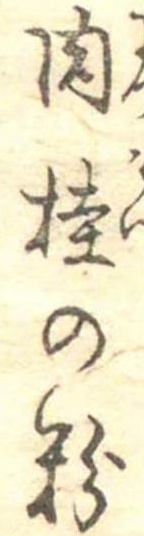
肉桂の粉